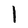
Character: 1